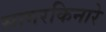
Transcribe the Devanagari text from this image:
सागरकिनारे